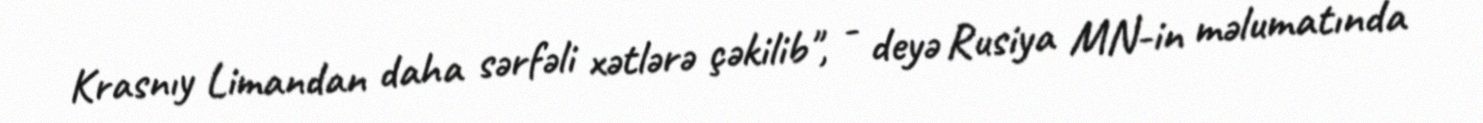
Krasnıy Limandan daha sərfəli xətlərə çəkilib", - deyə Rusiya MN-in məlumatında